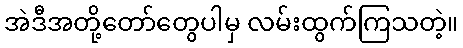
အဲဒီအတို့တော်တွေပါမှ လမ်းထွက်ကြသတဲ့။